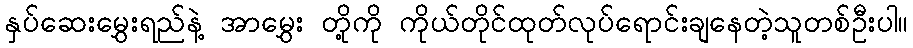
နှပ်ဆေးမွှေးရည်နဲ့ အာမွှေး တို့ကို ကိုယ်တိုင်ထုတ်လုပ်ရောင်းချနေတဲ့သူတစ်ဦးပါ။